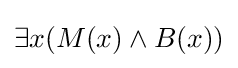
\exists x(M(x)\land B(x))